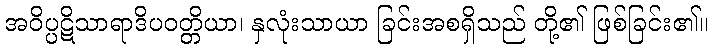
အဝိပ္ပဋိသာရာဒိပဝတ္တိယာ၊ နှလုံးသာယာ ခြင်းအစရှိသည် တို့၏ ဖြစ်ခြင်း၏။